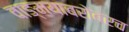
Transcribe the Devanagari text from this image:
वाङ्‌मयाबरोबरच